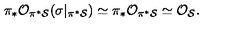
\pi _ { * } { \cal O } _ { \pi ^ { * } { \cal S } } ( \sigma | _ { \pi ^ { * } { \cal S } } ) \simeq \pi _ { * } { \cal O } _ { \pi ^ { * } { \cal S } } \simeq { \cal O } _ { { \cal S } } .